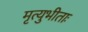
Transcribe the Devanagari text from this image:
मृत्युभीताः